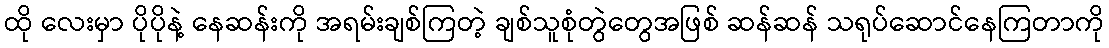
ထို လေးမှာ ပိုပိုနဲ့ နေဆန်းကို အရမ်းချစ်ကြတဲ့ ချစ်သူစုံတွဲတွေအဖြစ် ဆန်ဆန် သရုပ်ဆောင်နေကြတာကို